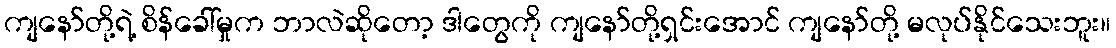
ကျနော်တို့ရဲ့ စိန်ခေါ်မှုက ဘာလဲဆိုတော့ ဒါတွေကို ကျနော်တို့ရှင်းအောင် ကျနော်တို့ မလုပ်နိုင်သေးဘူး။